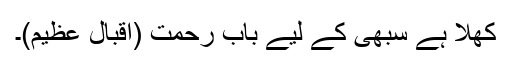
کھلا ہے سبھی کے لیے بابِ رحمت (اقبال عظیم)۔